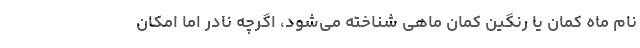
نام ماه کمان یا رنگین کمان ماهی شناخته می‌شود، اگرچه نادر اما امکان